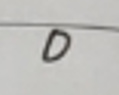
$D$